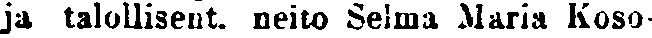
ja talollisent. neito Selma Maria Koso-